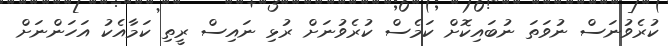
ކުރެވުނަސް ނުވަތަ ނުބައިކޮށް ކަމެސް ކުރެވުނަށް ރުޅި ނައިސް ރީތި ކަމާއެކު އަހަންނަށް